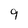
Character: 9